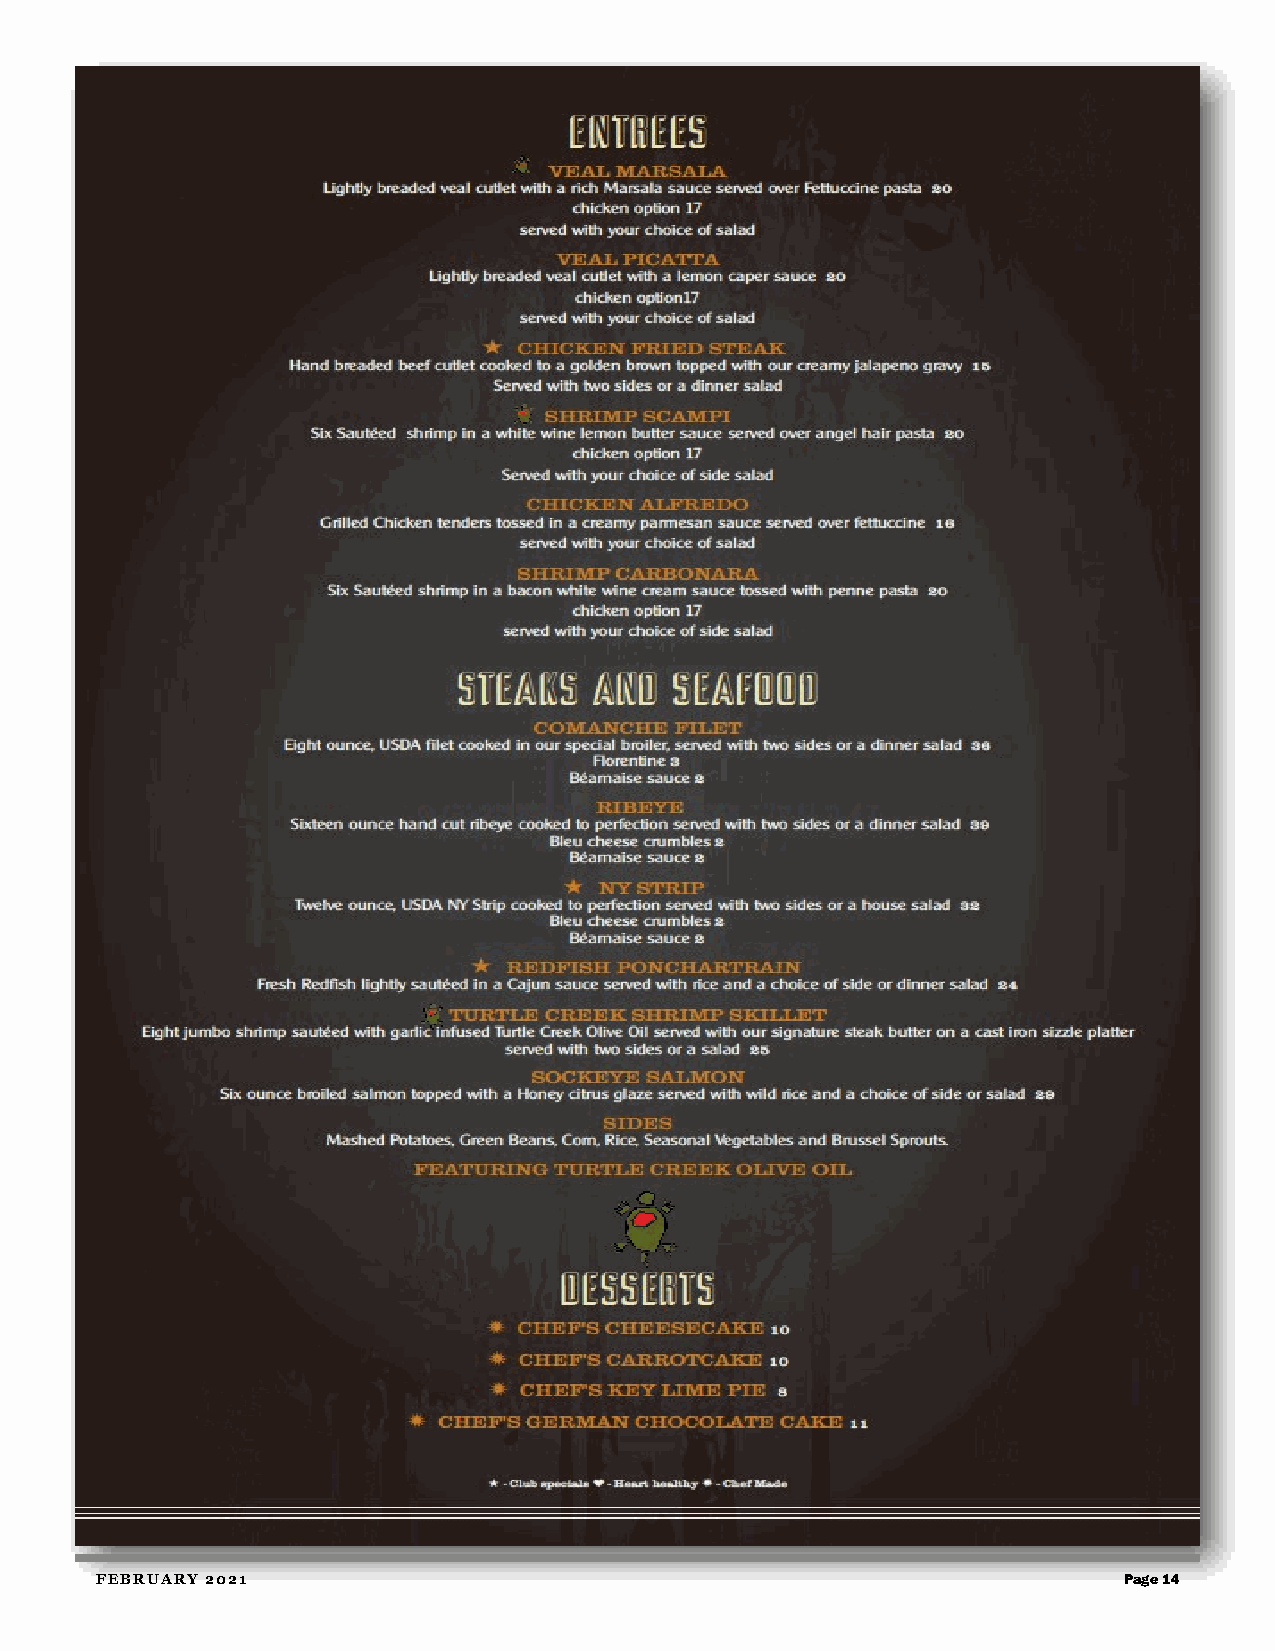
FEBRUARY 2021                                                       Page 14